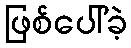
ဖြစ်ပေါ်ခဲ့